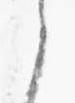
之